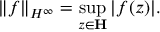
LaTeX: \| f \| _ { H ^ { \infty } } = \operatorname* { s u p } _ { z \in \mathbf { H } } | f ( z ) | .